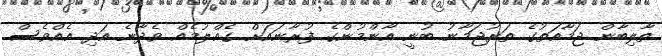
ތާލިބާން ޖަމާއަތުގެ ތަރުޖަމާނު ބުނީ އާންމުންގެ ފުރާނައަށް ގެއްލުމެއް ވެދާނެ އަދި އެއްވެސް